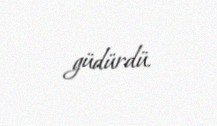
güdürdü.